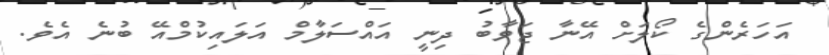
އަހަރެންގެ ކޯލަށް އޭނާ ޖަވާބު ދިނީ އައްސަލާމް އަލައިކުމްއޭ ބުނެ އެވެ.